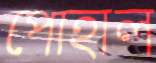
পোহাল